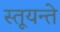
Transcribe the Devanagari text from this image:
स्तूयन्ते